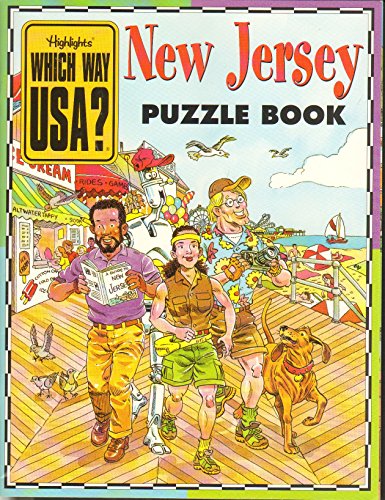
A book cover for New Jersey Puzzle Book (Which Way USA?); Andrew Gutelle; Travel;